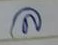
ล